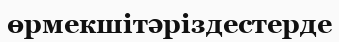
өрмекшітәріздестерде